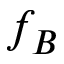
f _ { B }